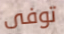
توفى